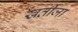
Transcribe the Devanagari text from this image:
खतीजा